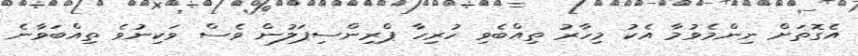
އެގޮތަށް ނިންމެވުމާ އެކު މިހާރު ތިއްބެވި ހުރިހާ ޕްރިންސިޕަލުން ވެސް ވަކިނުވެ ތިއްބަވާނެ